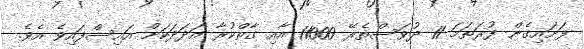
ފަށައިގެން ފުރަތަމަ 11 ދުވަސްތެރޭ 11000 އާއި ގާތްކުރާ އަދަދަކަށް އައިސްފައިވެ އެވެ.